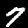
Label: 7